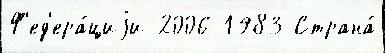
Ф'ед'ера́циjи 2006 1983 Страна́